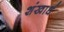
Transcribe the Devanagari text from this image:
शंखार्ध